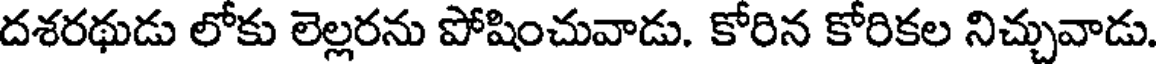
దశరథుడు లోకు లెల్లరను పోషించువాడు. కోరిన కోరికల నిచ్చువాడు